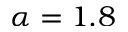
\alpha = 1 . 8